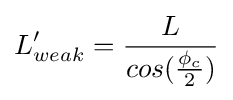
L'_{weak}={\frac {L}{cos({\frac {\phi _{c}}{2}})}}